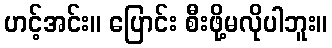
ဟင့်အင်း။ ပြောင်း စီးဖို့မလိုပါဘူး။